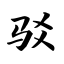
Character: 驳